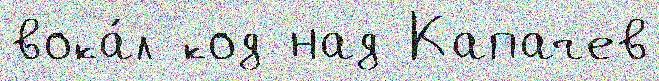
вока́л код над Капачев